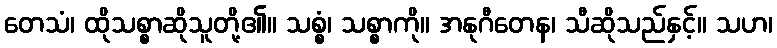
တေသံ၊ ထိုသစ္စာဆိုသူတို့၏။ သစ္စံ၊ သစ္စာကို။ အနုဂီတေန၊ သီဆိုသည်နှင့်။ သဟ၊